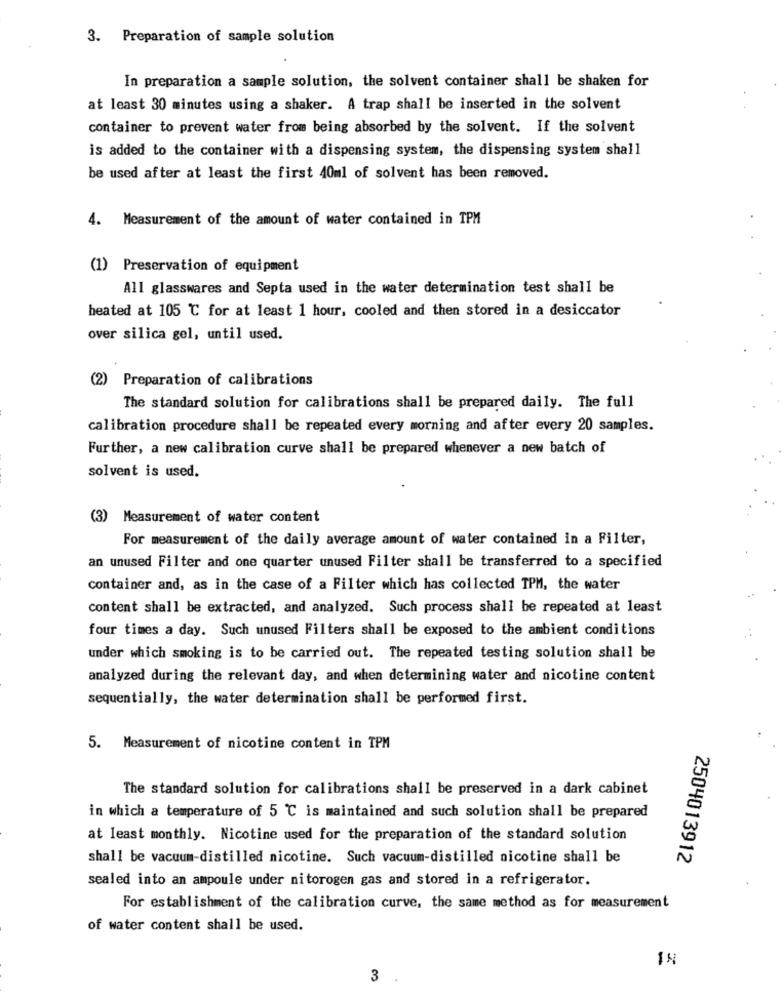
3. Preparation of sample solution
In preparation a sample solution, the solvent container shall be shaken for
at least 30 minutes using a shaker. A trap shall be inserted in the solvent
container to prevent water from being absorbed by the solvent. If the solvent
is added to the container with a dispensing system, the dispensing system shall
be used after at least the first 40ml of solvent has been removed.
4. Measurement of the amount of water contained in TPM
(1) Preservation of equipment
All glasswares and Septa used in the water determination test shall be
heated at 105 ℃ for at least 1 hour, cooled and then stored in a desiccator
over silica gel, until used.
(2)
Preparation of calibrations
The standard solution for calibrations shall be prepared daily. The full
calibration procedure shall be repeated every morning and after every 20 samples.
Further, a new calibration curve shall be prepared whenever a new batch of
solvent is used.
(3)
Measurement of water content
For measurement of the daily average amount of water contained in a Filter,
an unused Filter and one quarter unused Filter shall be transferred to a specified
container and, as in the case of a Filter which has collected TPM, the water
content shall be extracted, and analyzed. Such process shall be repeated at least
four times a day. Such unused Filters shall be exposed to the ambient conditions
under which smoking is to be carried out. The repeated testing solution shall be
analyzed during the relevant day, and when determining water and nicotine content
sequentially, the water determination shall be performed first.
5. Measurement of nicotine content in TPM
The standard solution for calibrations shall be preserved in a dark cabinet
in which a temperature of 5 ℃ is maintained and such solution shall be prepared
at least monthly. Nicotine used for the preparation of the standard solution
shall be vacuum-distilled nicotine. Such vacuum-distilled nicotine shall be
2504013912
sealed into an ampoule under nitorogen gas and stored in a refrigerator.
For establishment of the calibration curve, the same method as for measurement
of water content shall be used.
IN
3